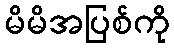
မိမိအပြစ်ကို